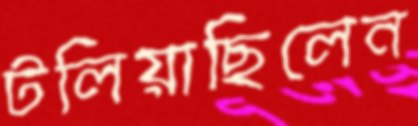
টলিয়াছিলেন